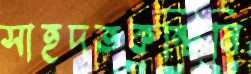
সাহদতকন্টিনি